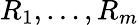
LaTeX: R_{1},\dots,R_{m}